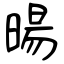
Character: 暘